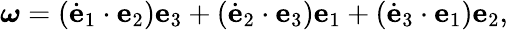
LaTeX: {\boldsymbol{\omega}}=({\dot{\mathbf{e}}}_{1}\cdot\mathbf{e}_{2})\mathbf{e}_{3}+({\dot{\mathbf{e}}}_{2}\cdot\mathbf{e}_{3})\mathbf{e}_{1}+({\dot{\mathbf{e}}}_{3}\cdot\mathbf{e}_{1})\mathbf{e}_{2},